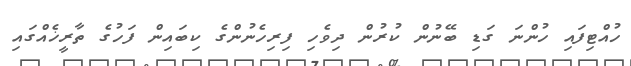
ހުއްޓިފައި ހުންނަ ގަޑި ބޭނުން ކުރުން ދިވެހި ފިރިހެނުންގެ ކިބައިން ފަހުގެ ތާރީޚެއްގައި